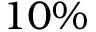
1 0 \%